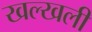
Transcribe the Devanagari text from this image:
खल्खली